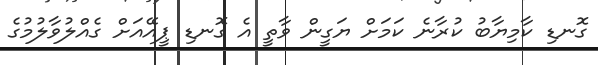
ގޮނޑި ކާމިޔާބު ކުރާނެ ކަމަށް ޔަގީން ވާތީ އެ ގޮނޑި ޕީއޭއަށް ގެއްލުވާލުމުގެ